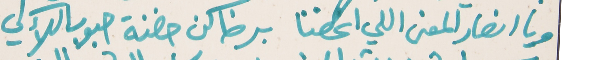
ويا انصار المعنى اللي انحضنا   برضاكن حضنة حبوب اللآلي